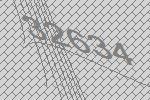
32634